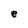
Character: e